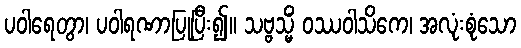
ပဝါရေတွာ၊ ပဝါရဏာပြုပြီး၍။ သဗ္ဗသ္မိံ ဝဿဝါသိကေ၊ အလုံးစုံသော